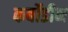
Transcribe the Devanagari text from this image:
कर्बोडीन